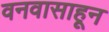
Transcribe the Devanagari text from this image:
वनवासाहून